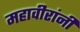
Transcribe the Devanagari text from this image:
महावीरांनी